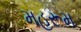
મહરૂમ